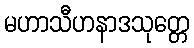
မဟာသီဟနာဒသုတ္တေ